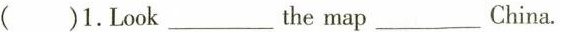
()1.Look___themap___China.